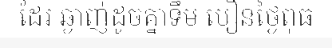
ដែរ ឆ្ងាញ់ដូចគ្នាទឹម បឿនថ្ងៃពុធ